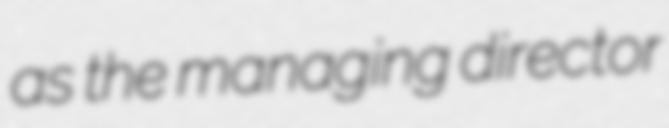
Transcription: as the managing director